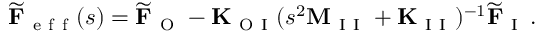
\widetilde { \mathbf { F } } _ { \mathrm { ~ e ~ f ~ f ~ } } ( s ) = \widetilde { \mathbf { F } } _ { \mathrm { ~ O ~ } } - \mathbf { K } _ { \mathrm { ~ O ~ I ~ } } ( s ^ { 2 } \mathbf { M } _ { \mathrm { ~ I ~ I ~ } } + \mathbf { K } _ { \mathrm { ~ I ~ I ~ } } ) ^ { - 1 } \widetilde { \mathbf { F } } _ { \mathrm { ~ I ~ } } \, .